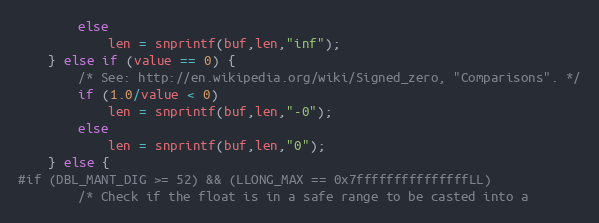
Language: C
        else
            len = snprintf(buf,len,"inf");
    } else if (value == 0) {
        /* See: http://en.wikipedia.org/wiki/Signed_zero, "Comparisons". */
        if (1.0/value < 0)
            len = snprintf(buf,len,"-0");
        else
            len = snprintf(buf,len,"0");
    } else {
#if (DBL_MANT_DIG >= 52) && (LLONG_MAX == 0x7fffffffffffffffLL)
        /* Check if the float is in a safe range to be casted into a